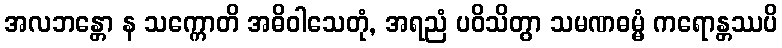
အလဘန္တော န သက္ကောတိ အဓိဝါသေတုံ, အရညံ ပဝိသိတွာ သမဏဓမ္မံ ကရောန္တဿပိ